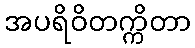
အပရိဝိတက္ကိတာ